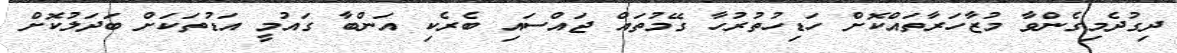
ދިގުދެމިގެންވާ މުޒާހަރާތައްކޮށް ހަޑިހުތުރުހާ ގޭމުތައް ޖައްސައި ބެރެކި އަންބާ ގައުމީ އަޑުތަކަށް ބަދަލުކޮށް